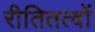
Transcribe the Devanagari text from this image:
रीतितत्वों